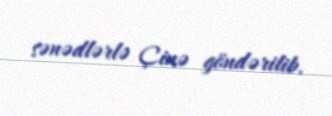
sənədlərlə Çinə göndərilib.